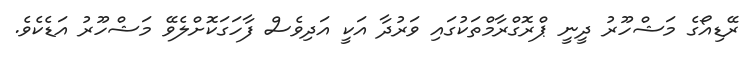
ރޭޑިއޯގެ މަޝްހޫރު ދީނީ ޕްރޮގްރާމްތަކުގައި ވަރުދާ އަކީ އަދިވެސް ފާހަގަކޮށްލެވޭ މަޝްހޫރު އަޑެކެވެ.